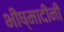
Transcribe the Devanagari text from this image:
भीष्मादीनी